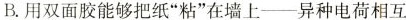
B.用双面胶能够把纸”粘”在墙上--异种电荷相互